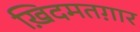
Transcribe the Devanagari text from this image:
ख़िदमतग़ार